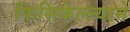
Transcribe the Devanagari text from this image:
फिसिकेल्ल्याने